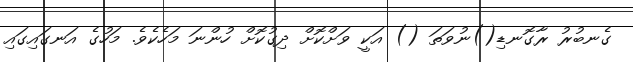
ގެނބުރު ރާގޮނޑި()ނުވަތަ () އަކީ ވަށްކޮށް ދިގުކޮށް ހުންނަ މަހެކެވެ. މަހުގެ އަނގައިގައި